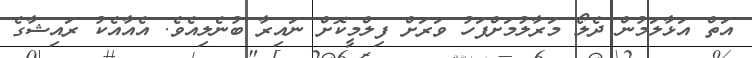
އަތް އަޅާލަމުން ދެލޯ މަރާލުމަށްފަހު ވަރަށް ފިލްމީކޮށް ނައިރާ ބުނެލިއެވެ. އެއާއެކު ރައިޝާގެ